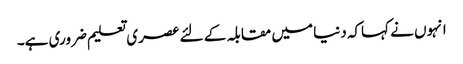
انہوں نے کہاکہ دنیا میں مقابلہ کے لئے عصری تعلیم ضروری ہے۔